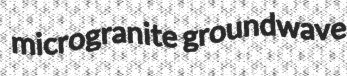
microgranite groundwave